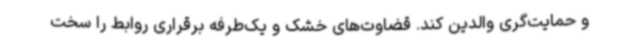
و حمایت‌گری والدین کند. قضاوت‌های خشک و یک‌طرفه برقراری روابط را سخت